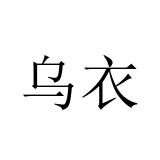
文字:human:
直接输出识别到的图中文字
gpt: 乌衣